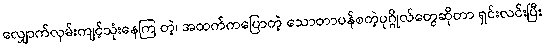
လျှောက်လှမ်းကျင့်သုံးနေကြ တဲ့၊ အထက်ကပြောတဲ့ သောတာပန်စတဲ့ပုဂ္ဂိုလ်တွေဆိုတာ ရှင်းလင်းပြီး